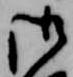
御